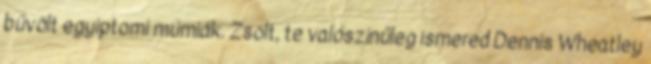
bűvölt egyiptomi múmiák. Zsolt, te valószínűleg ismered Dennis Wheatley